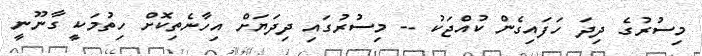
މިސުރުގެ ދިދަ ހަފައިގެން ކުއްޖަކު -- މިސުރުގައި ދިދަޔަށް އިހާނެތިކޮށް ހިތުމަކީ ގާނޫނީ